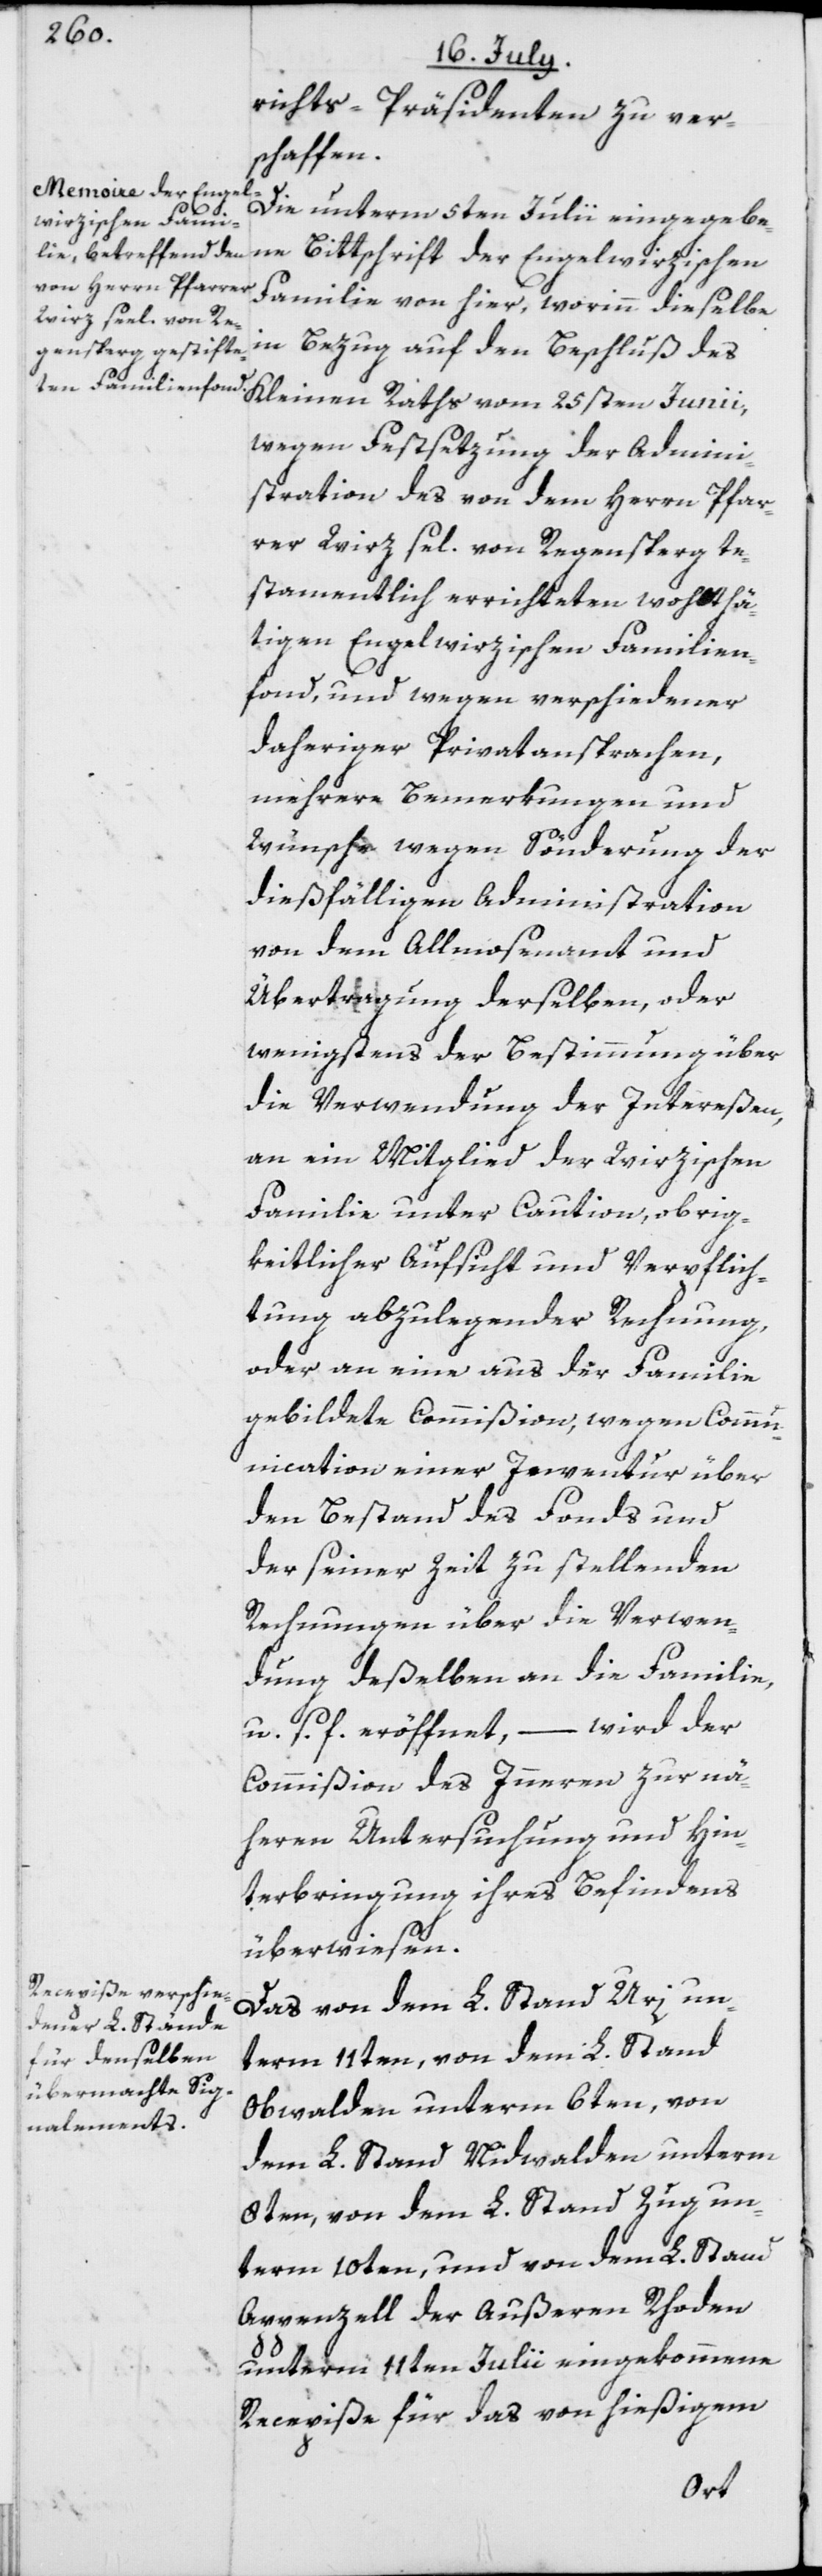
richts-Präsidenten zu ver¬
schaffen.
Die unterm 5ten Julii eingegebe¬
ne Bittschrift der Engelwirzischen
Familie von hier, worinn dieselbe
in Bezug auf den Beschluß des
Kleinen Raths vom 25sten Junii,
wegen Festsetzung der Admini¬
stration des von dem Herrn Pfar¬
rer Wirz sel. von Regensperg te¬
stamentlich errichteten wohlthä¬
tigen Engelwirzischen Familien¬
fond, und wegen verschiedener
daheriger Privatansprachen,
mehrere Bemerkungen und
Wünsche wegen Sönderung der
dießfälligen Administration
von dem Allmosenamt und
Übertragung derselben, oder
wenigstens der Bestimmung über
die Verwendung der Intereßen,
an ein Mitglied der Wirzischen
Familie unter Caution, obrig¬
keitlicher Aufsicht und Verpflich¬
tung abzulegender Rechnung,
oder an eine aus der Familie
gebildete Commißion, wegen Comm¬
unication einer Inventur über
den Bestand des Fonds und
der seiner Zeit zu stellenden
Rechnungen über die Verwen¬
dung deßelben an die Familie,
u. s. f. eröffnet, – wird der
Commißion des Inneren zur nä¬
heren Untersuchung und Hin¬
terbringung ihres Befindens
überwiesen.
Das von dem L. Stand Uri un¬
term 11ten, von dem L. Stand
Obwalden unterm 6ten, von
dem L. Stand Nidwalden unterm
8ten, von dem L. Stand Zug un¬
term 10ten, und von dem L. Stand
Appenzell der Außeren Rhoden
unterm 11ten Julii eingekommene
Recepiße für das von hießigem